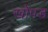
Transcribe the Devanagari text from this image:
खोपड